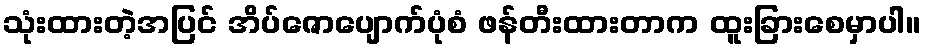
သုံးထားတဲ့အပြင် အိပ်ဇောပျောက်ပုံစံ ဖန်တီးထားတာက ထူးခြားစေမှာပါ။